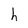
Character: h